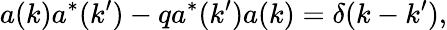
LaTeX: a(k)a^{*}(k^{\prime})-qa^{*}(k^{\prime})a(k)=\delta(k-k^{\prime}),